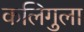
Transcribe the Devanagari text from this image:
कलिगुला